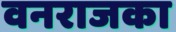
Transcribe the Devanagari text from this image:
वनराजका